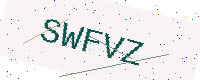
Text: SWFVZ